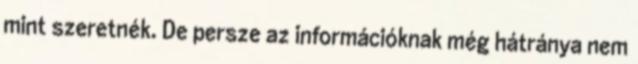
mint szeretnék. De persze az információknak még hátránya nem